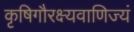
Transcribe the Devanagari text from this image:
कृषिगौरक्ष्यवाणिज्यं